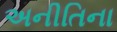
અનીતિના